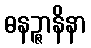
ဓနဉ္ဇာနိနာ